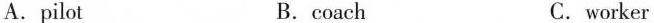
A.pilot B.coach C.worker